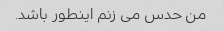
من حدس می زنم اینطور باشد.